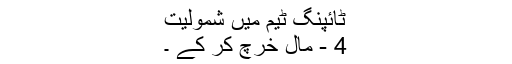
ٹائپنگ ٹیم میں شمولیت
4 - مال خرچ کر کے ۔